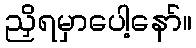
ညှိရမှာပေါ့နော်။